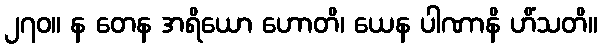
၂၇၀။ န တေန အရိယော ဟောတိ၊ ယေန ပါဏာနိ ဟိံသတိ။